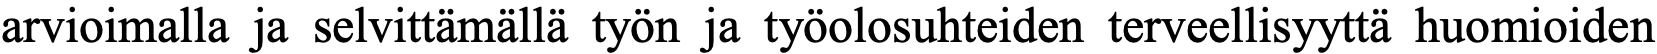
arvioimalla ja selvittämällä työn ja työolosuhteiden terveellisyyttä huomioiden